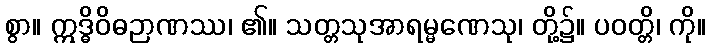
စွာ။ ဣဒ္ဓိဝိဓဉာဏဿ၊ ၏။ သတ္တသုအာရမ္မဏေသု၊ တို့၌။ ပဝတ္တိ၊ ကို။